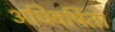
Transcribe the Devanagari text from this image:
अधिवर्षिता